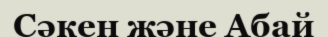
Сәкен және Абай